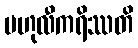
ဗဟုလီကရိဿတိ